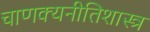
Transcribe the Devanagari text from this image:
चाणक्यनीतिशास्त्र